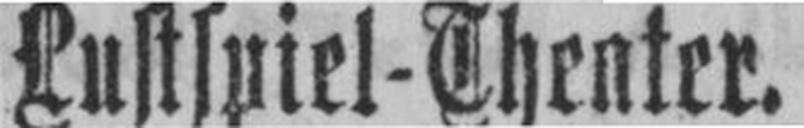
Lustspiel-Theater.